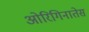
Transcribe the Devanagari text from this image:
ओरिगिनातेस